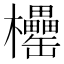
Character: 𣡧